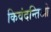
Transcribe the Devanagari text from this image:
किवंदन्तिओ